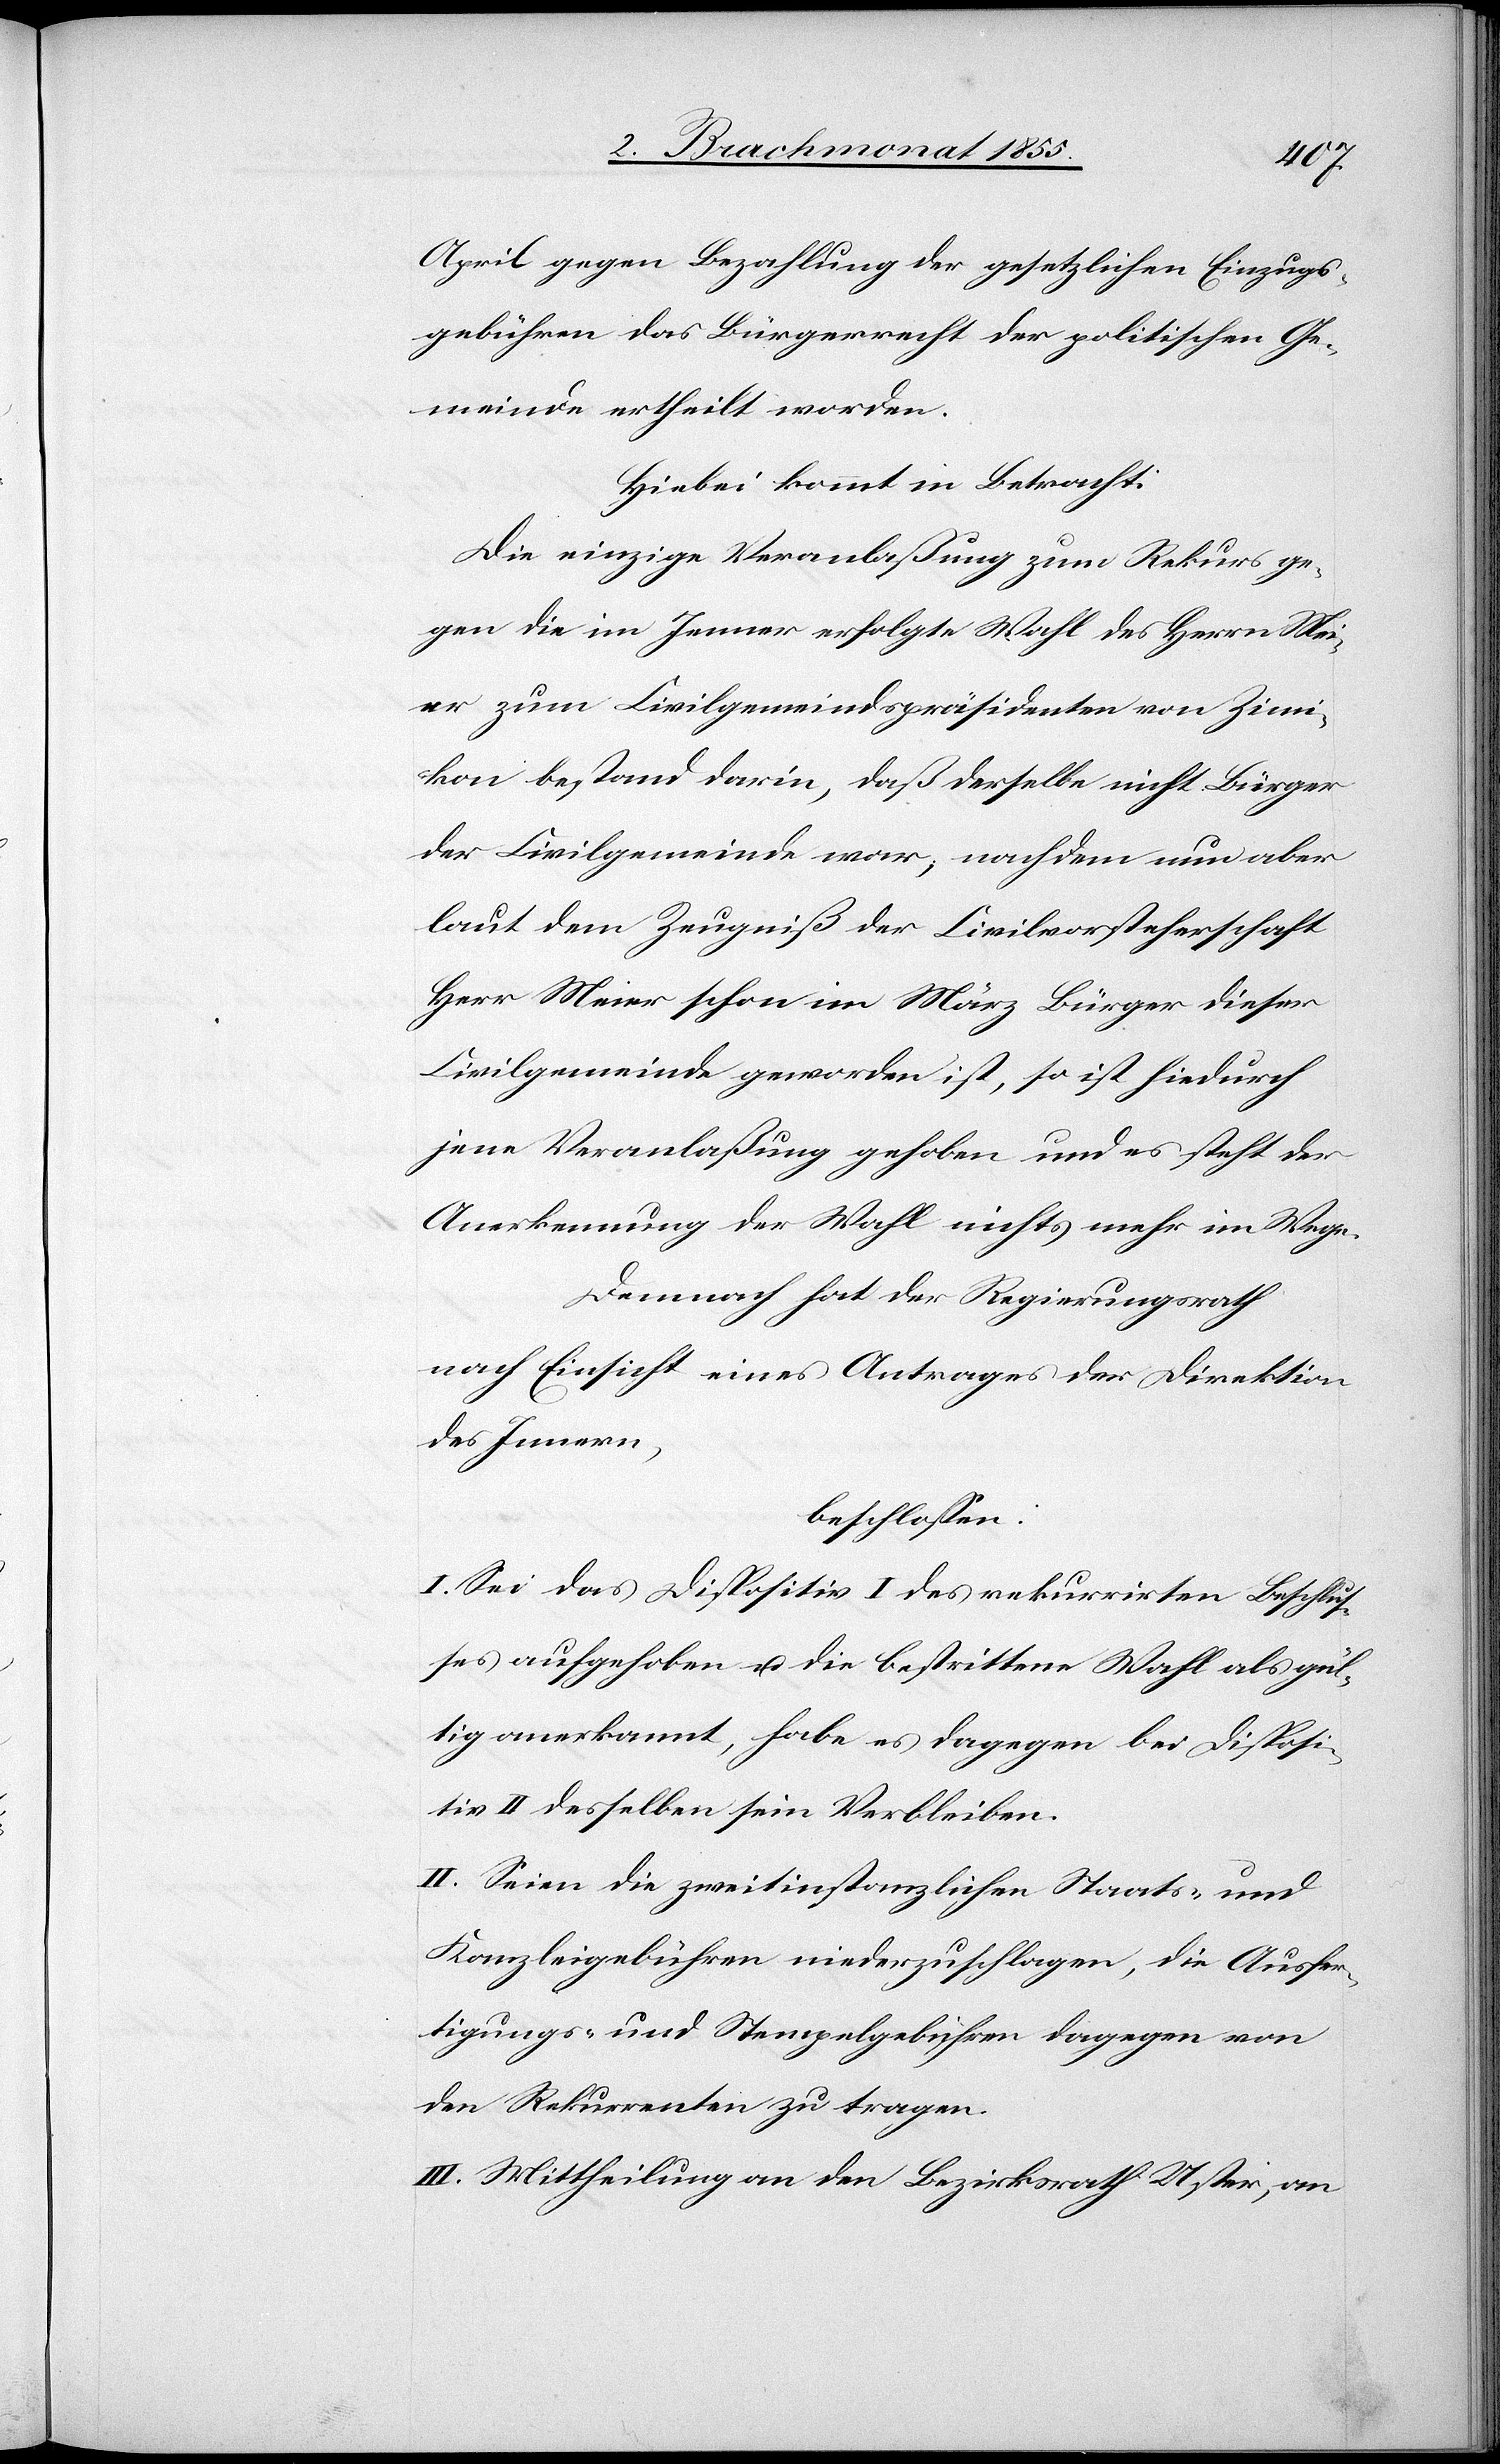
April gegen Bezahlung der gesetzlichen Einzugs¬
gebühren das Bürgerrecht der politischen Ge¬
meinde ertheilt worden.
Hiebei kommt in Betracht:
Die einzige Veranlaßung zum Rekurs ge¬
gen die im Jenner erfolgte Wahl des Herrn Mei¬
er zum Civilgemeindspräsidenten von Zimi¬
kon bestand darin, daß derselbe nicht Bürger
der Civilgemeinde war; nachdem nun aber
laut dem Zeugniß der Civilvorsteherschaft
Herr Meier schon im März Bürger dieser
Civilgemeinde geworden ist, so ist hiedurch
jene Veranlaßung gehoben und es steht der
Anerkennung der Wahl nichts mehr im Wege.
Demnach hat der Regierungsrath
nach Einsicht eines Antrages der Direktion
des Innern,
beschlossen:
I. Sei das Dispositiv I des rekurrirten Beschlus¬
ses aufgehoben u. die bestrittene Wahl als gül¬
tig anerkannt, habe es dagegen bei Disposi¬
tiv II desselben sein Verbleiben.
II. Seien die zweitinstanzlichen Staats- und
Kanzleigebühren niederzuschlagen, die Ausfer¬
tigungs- und Stempelgebühren dagegen von
den Rekurrenten zu tragen.
III. Mittheilung an den Bezirksrath Uster, an